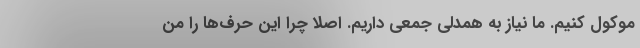
موکول کنیم. ما نیاز به همدلی جمعی داریم. اصلاً چرا این حرف‌ها را من